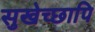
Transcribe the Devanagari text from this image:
सुखेच्छापि